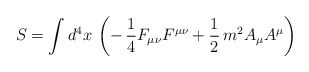
\begin{align*}S=\int d^4x\,\left(-\,\frac{1}{4}F_{\mu\nu}F^{\mu\nu}+\frac{1}{2}\,m^2A_\mu A^\mu\right)\end{align*}